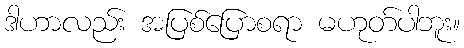
ဒါဟာလည်း အပြစ်ပြောစရာ မဟုတ်ပါဘူး။